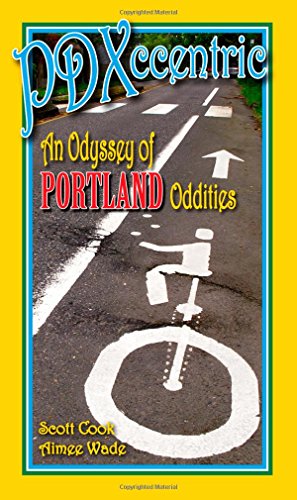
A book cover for PDXccentric: An Odyssey of Portland Oddities; Scott Cook; Travel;